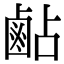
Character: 𪉜